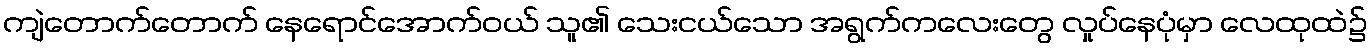
ကျဲတောက်တောက် နေရောင်အောက်ဝယ် သူ၏ သေးငယ်သော အရွက်ကလေးတွေ လှုပ်နေပုံမှာ လေထုထဲ၌